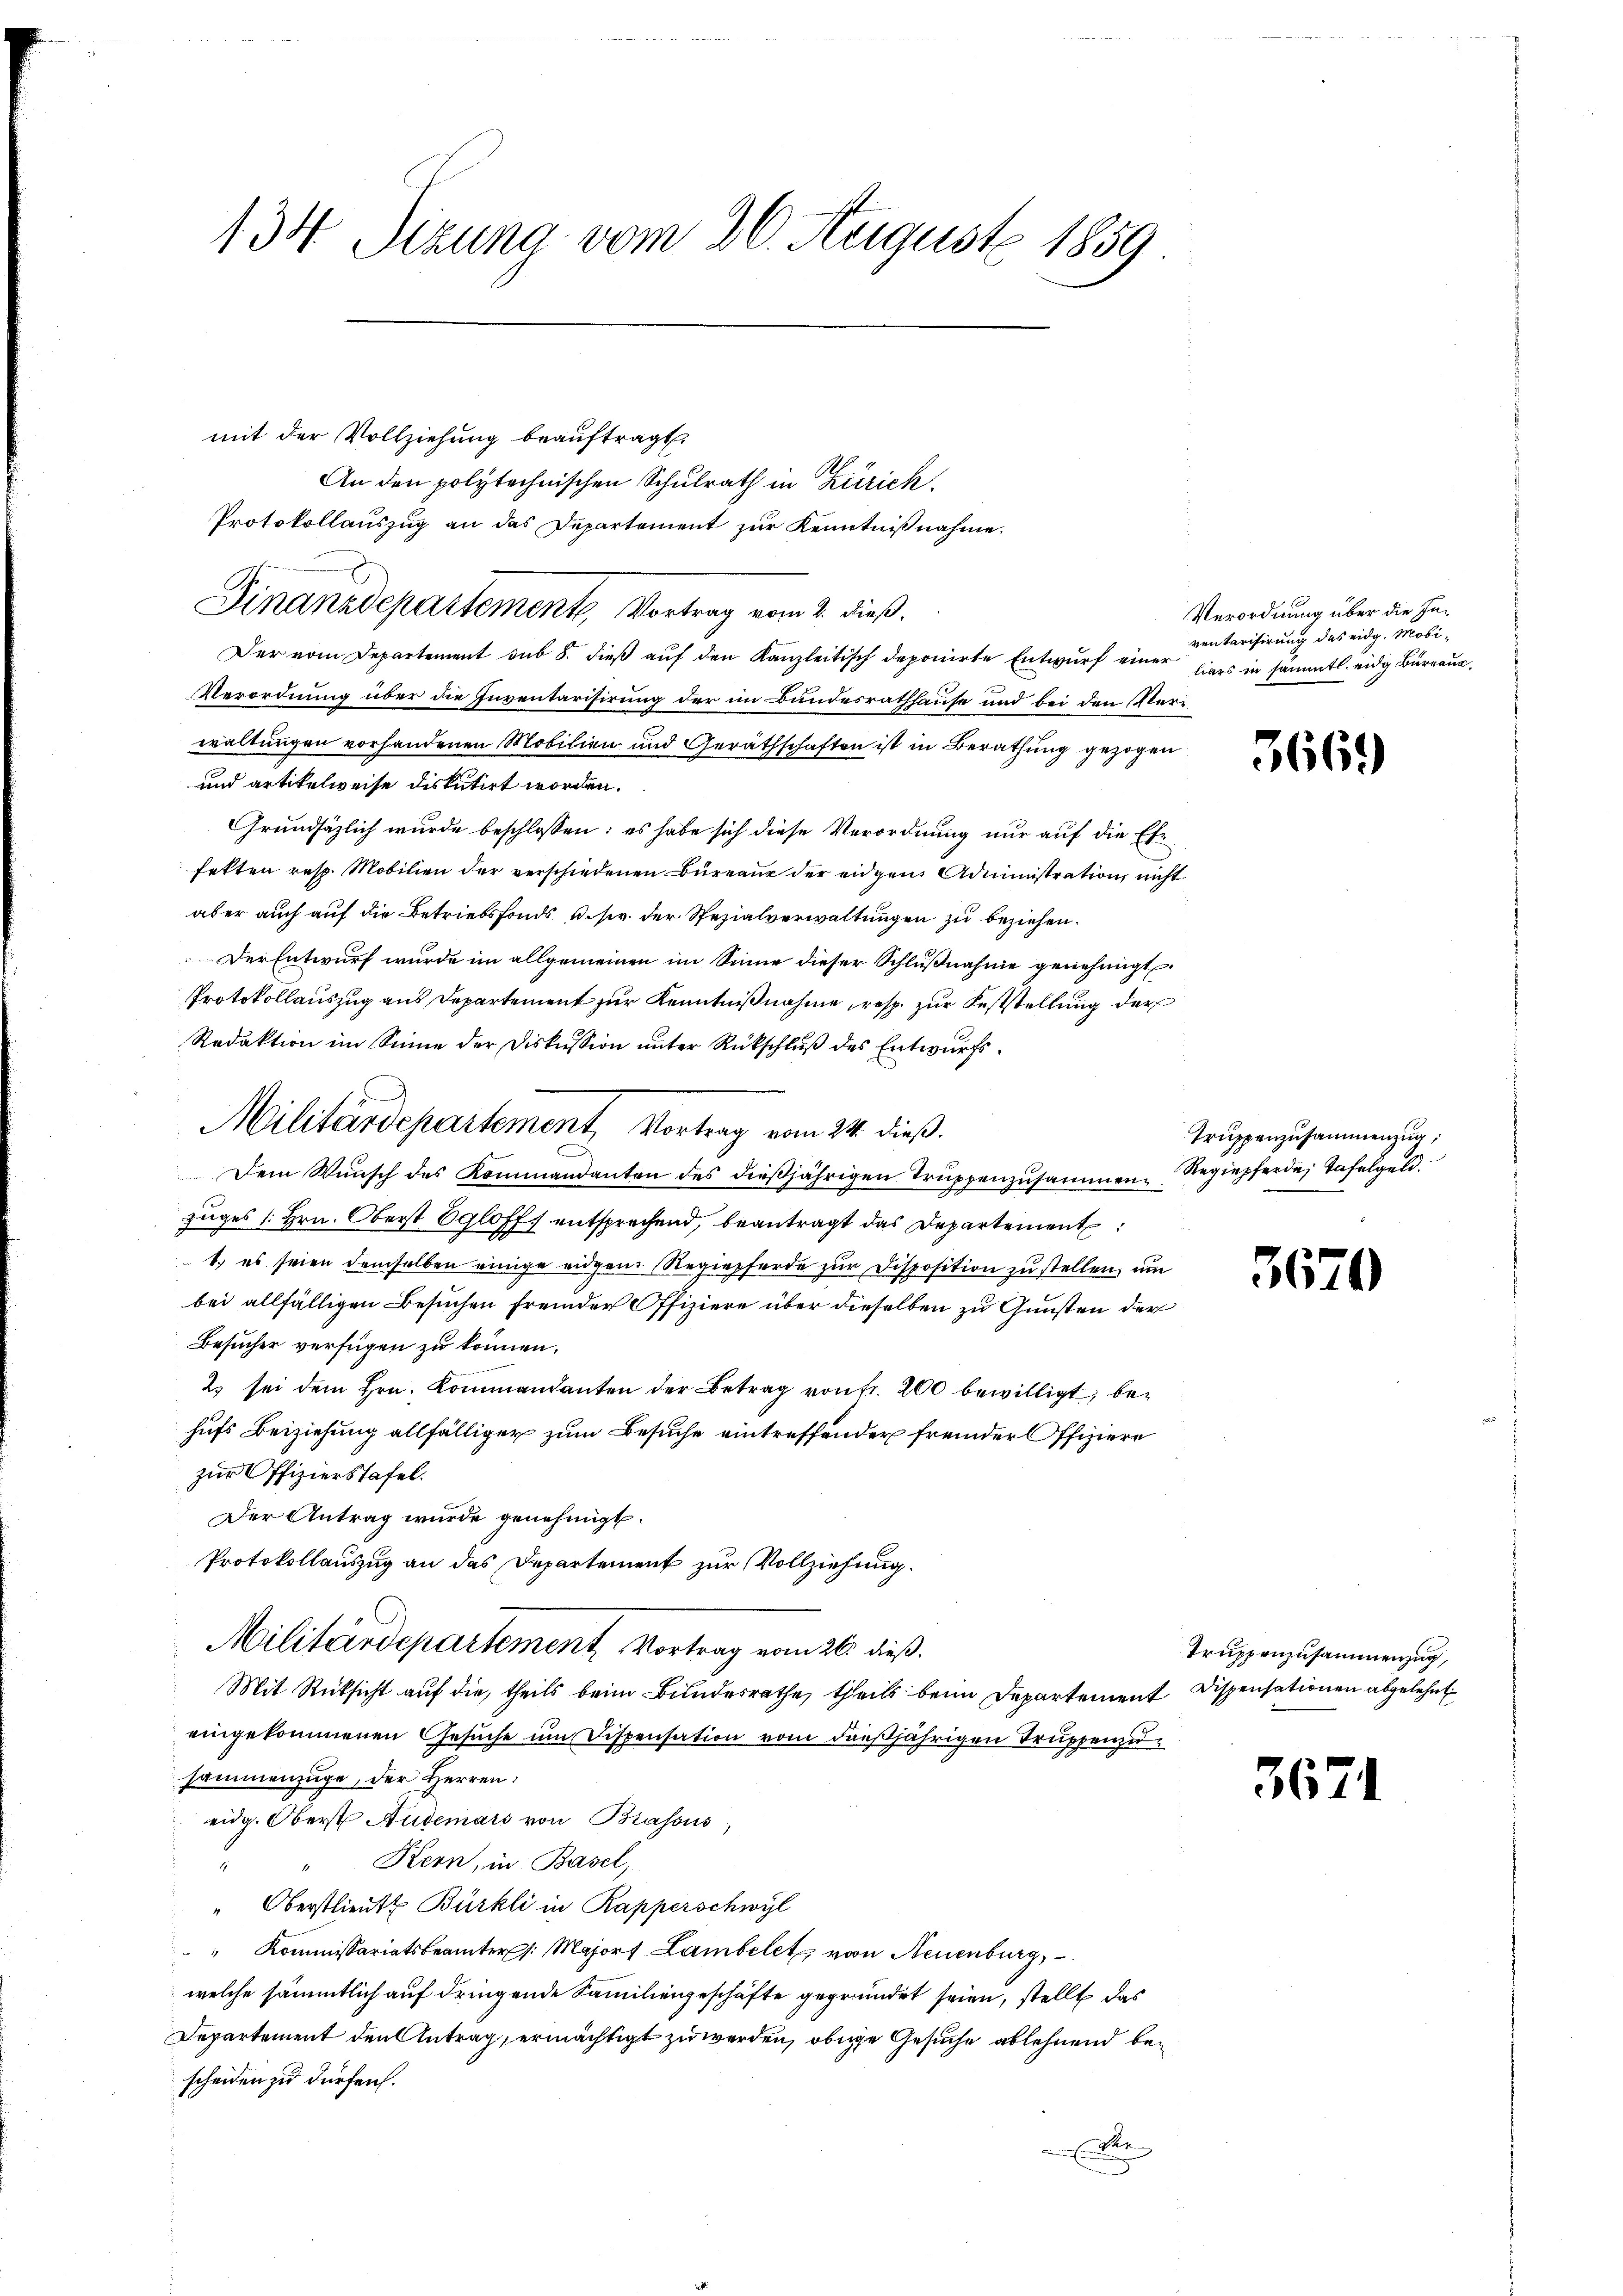
134 Sizung vom 26. August 1859.

Finanzdepartement vom 2. dieß.

Militärdepartement, Vortrag vom 24. dieß.

mit der Vollziehung beauftragt,
An den polytechnischen Schulrath in Zürich,
Protokollauszug an das Departement zŭr Kenntniβnahme.
Der vom Departement sub 8. dieß auf den Kanzleitisch deponirte Entwurf einer hiers in sämmtl. eidg Büreau
Verordnung über die Inventarisirung der im Bundesrathhause und bei den Verwaltungen vorhandenen Mobilien und Geräthschaften ist in Berathung gezogen
und artikelweise diskutirt worden.
Grundsätzlich wurde beschlossen: es habe sich diese Verordnung nur auf die Ehe
fekten resp. Mobilien der verschiedenen Büreaus der eidgen. Administration nicht
aber auch auf die Betriebsfonds sie der Spezialverwaltungen zu beziehen.
Der Entwurf wurde im allgemeinen im Sinne dieser Schlußnahme genehmigt
Protokollauszug aus Departement zur Kenntnißnahme, resp. zur Feststellung der
Redaktion im Sinne der Diskussion ŭnter Rückschlŭβ des Entwurfs¬
Dem Wünsch des Kommandanten des dieβjährigen Trŭppenzusammen-Regiepferde, Tafelgeld.
zuges 1. Hrn. Oberst 8 gloff entsprechend, beantragt das Departement
1.) es seien demselben einige eidgen. Regiepferde zur Disposition zu stellen, um
bei allfälligen Besuchen fremder Offiziere über dieselben zu Gunsten der
Besucher verfügen zu können.
2 sei dem Hrn. Kommandanten der Betrag von fr. 200 bewilligt, behufs Beiziehung allfälliger zum Besuche eintreffender fremder Offiziere
zur Offizierstafel.
Der Antrag wurde genehmigt.
Protokollauszug an das Departement zur Vollziehung.
Militärdepartement, Vortrag vom 26. dieß.
Mit Rücksicht auf die, theils beim Bundesrathe, theils beim Departement Dispensationen abgelehnt
eingekommenen Gesuche um Dispensation vom dießjährigen Truppenzu
sammenzüge, der Herren:
eidg. Oberst Audemais von Brassus,
" Kern, in Basel,
.
" Oberstlieute Bürkli in Rapperschwyl
" Kommissariatsbeamter /: Majort Lambelet von Neuenburg,
welche sämmtlich auf dringende Familiengeschäfte gegründet seien, stellt das
Departement den Antrag, ermächtigt zu werden, obige Gesuche ablehnend bescheiden zu dürfen.
e

Verordnung über die Inventarifirung des eidg. Mobi¬

3669

Truppenzusammenzug,

3670

Truppenzusammenzug,

367